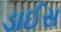
ડાઈસ